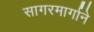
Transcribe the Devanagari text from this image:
सागरमार्गाने